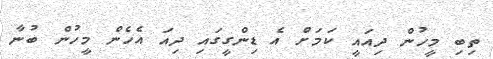
ތިބި މީހުން ދިއައީ ކަމަށް އެ ޑިންގީގައި ދިއަ އެހެން މީހުން ބުނާ